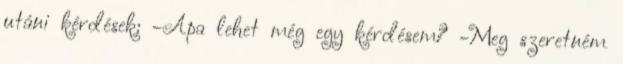
utáni kérdések: -Apa lehet még egy kérdésem? -Meg szeretném